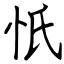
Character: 忯